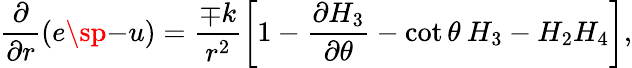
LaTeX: \frac{\partial}{\partial r}\left(e\sp{-u}\right)=\frac{\mp k}{r^{2}}\left[1-\frac{\partial H_{3}}{\partial\theta}-\cot\theta\: H_{3}-H_{2}H_{4}\right],